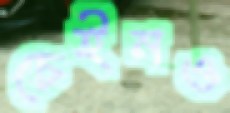
চেইনও